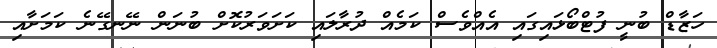
ހަޒާޑް ބުނީ ފުޓްބޯޅައިގައި އެއްވެސް ކަމެއް ދުރާލައި ކަށަވަރުކޮށް ބުނަން ނޭނގޭނެ ކަމަށާއި